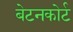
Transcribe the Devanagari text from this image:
बेटनकोर्ट